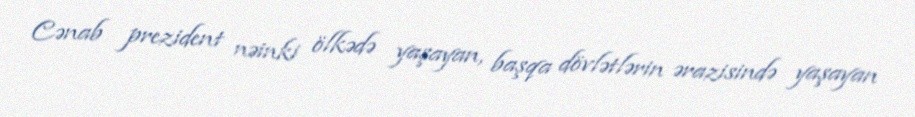
Cənab prezident nəinki ölkədə yaşayan, başqa dövlətlərin ərazisində yaşayan